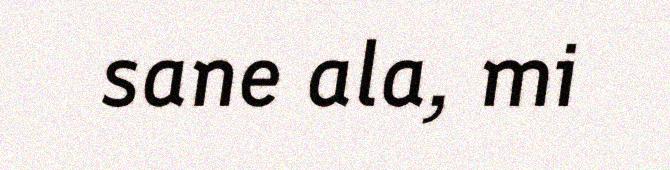
sane ala, mi